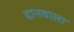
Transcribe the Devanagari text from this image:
दानवाला